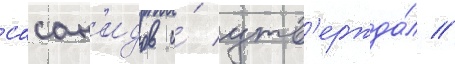
сасан'идов и́ утв'ержда́л /